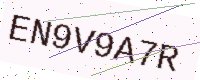
Text: EN9V9A7R